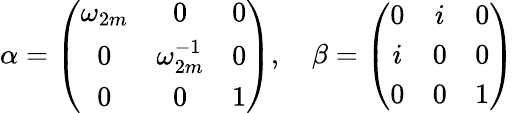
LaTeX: \alpha=\left(\begin{array}{ccc}{{\omega_{2m}}}&{{0}}&{{0}}\\ {{0}}&{{\omega_{2m}^{-1}}}&{{0}}\\ {{0}}&{{0}}&{{1}}\end{array}\right),~~~~\beta=\left(\begin{array}{ccc}{{0}}&{{i}}&{{0}}\\ {{i}}&{{0}}&{{0}}\\ {{0}}&{{0}}&{{1}}\end{array}\right)